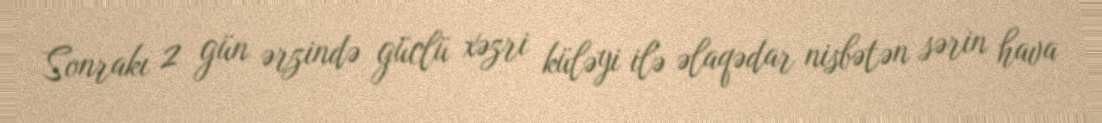
Sonrakı 2 gün ərzində güclü xəzri küləyi ilə əlaqədar nisbətən sərin hava